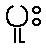
ပူး